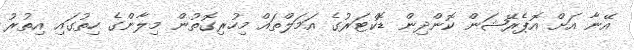
އޭނާ އަށް އޮޕެރޭޝަން ކޮންދިން ޑޮކްޓަރުގެ އަމަލްތައް މިހުރިގޮތުން މިލާންގެ ހިތުގައި އިތުރު